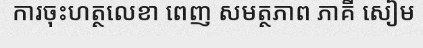
ការចុះហត្ថលេខា ពេញ សមត្ថភាព ភាគី សៀម